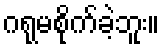
ဂရုမစိုက်ခဲ့ဘူး။